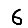
Digit: 6